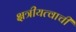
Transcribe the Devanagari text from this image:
क्षत्रीयत्वाची